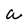
Character: a